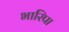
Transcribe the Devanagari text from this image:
भारिपा